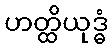
ဟတ္ထိယုဒ္ဓံ